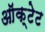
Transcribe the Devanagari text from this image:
ऑक्टेट